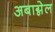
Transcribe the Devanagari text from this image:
अबाग्नेल